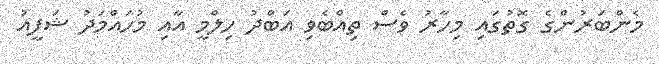
މެންބަރުންގެ ގޮތުގައި މިހާރު ވެސް ތިއްބެވި އަބްދު ހިލްމީ އާއި މުހައްމަދު ޝަފީއު